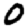
Digit: 0